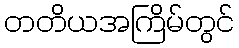
တတိယအကြိမ်တွင်